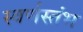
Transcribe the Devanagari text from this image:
स्वर्णस्तंभ